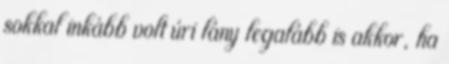
sokkal inkább volt úri lány legalább is akkor, ha